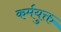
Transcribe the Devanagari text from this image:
कर्मयुक्त